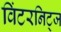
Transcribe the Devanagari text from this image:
विंटरनिट्ज